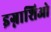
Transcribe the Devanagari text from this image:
इग्नाशिओ